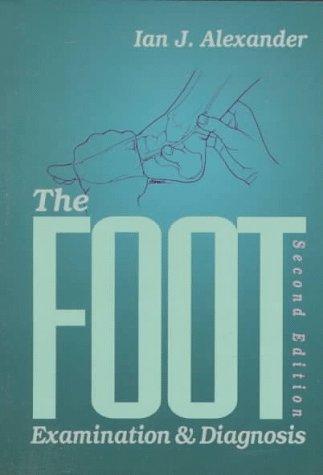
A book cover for The Foot: Examination & Diagnosis, 2e; Ian J. Alexander MD  FRCS(C); Medical Books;